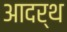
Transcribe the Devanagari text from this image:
आदर्थ